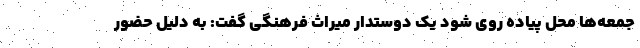
جمعه‌ها محل پیاده روی شود یک دوستدار میراث فرهنگی گفت: به دلیل حضور